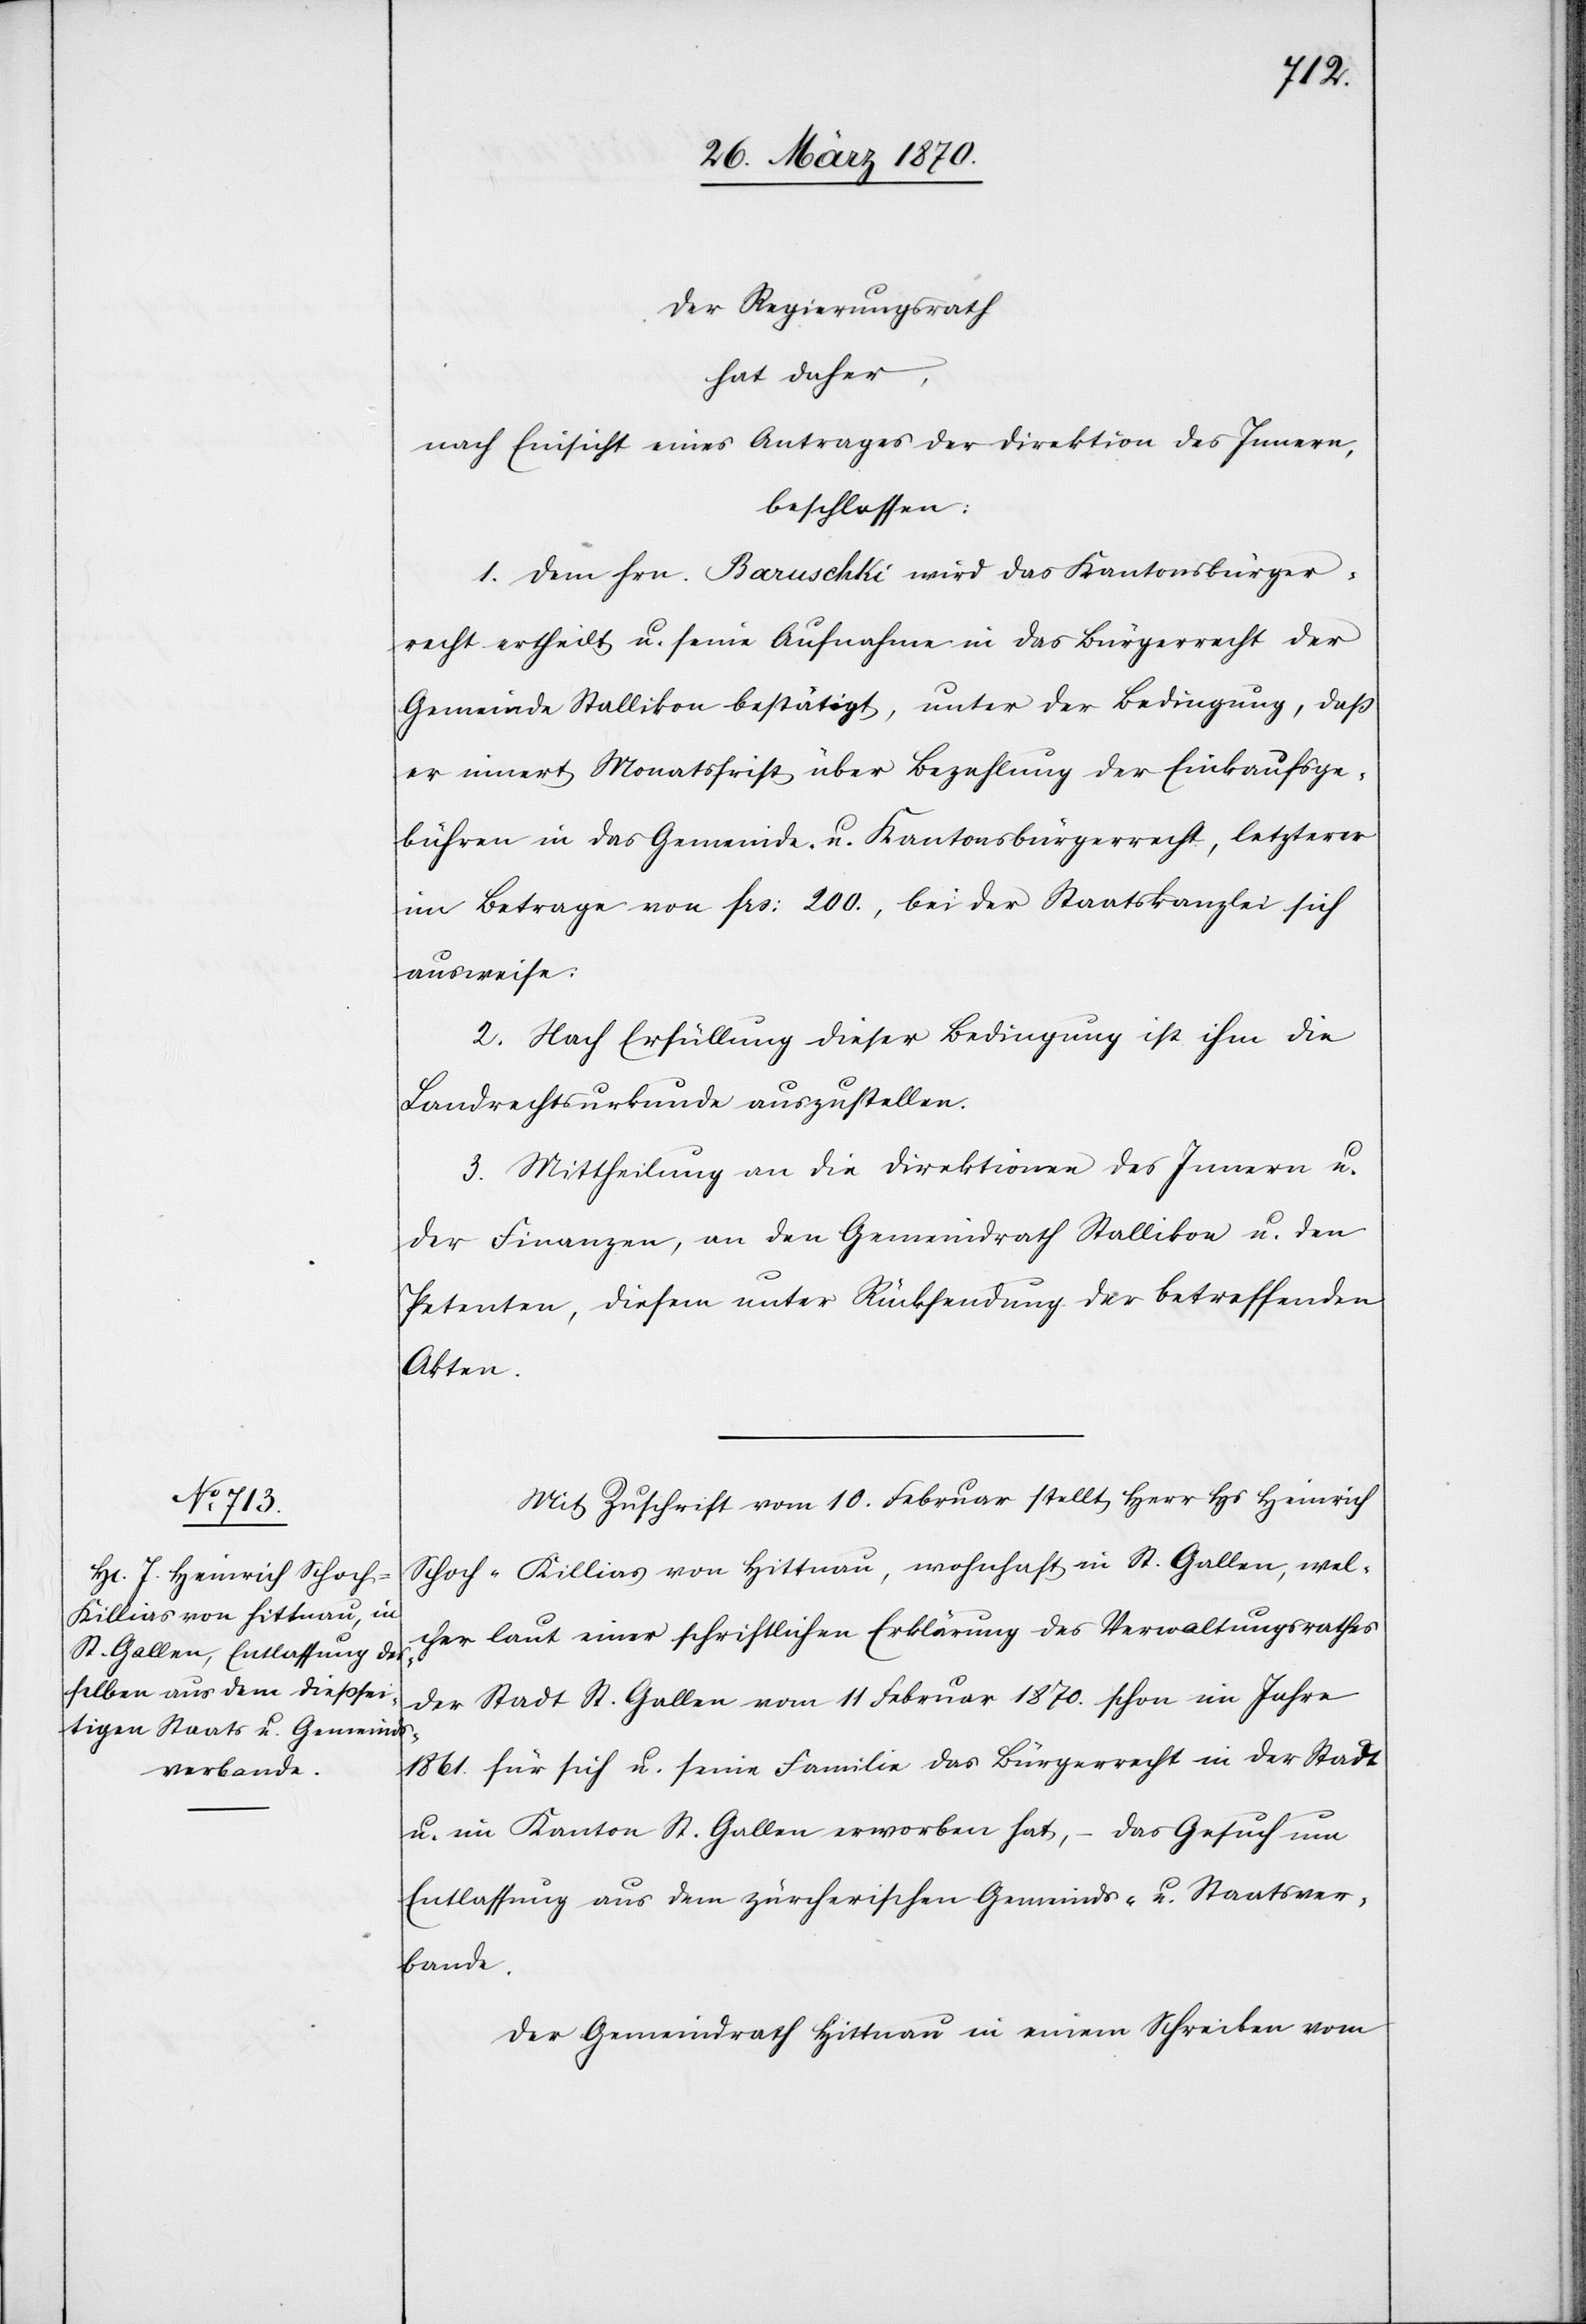
Der Regierungsrath
hat daher,
nach Einsicht eines Antrages der Direktion des Innern,
beschlossen:
1. Dem Hrn. Baruschki wird das Kantonsbürger¬
recht ertheilt u. seine Aufnahme in das Bürgerrecht der
Gemeinde Stallikon bestätigt, unter der Bedingung, daß
er innert Monatsfrist über Bezahlung der Einkaufsge¬
bühren in das Gemeinde- u. Kantonsbürgerrecht, letzterer
im Betrage von frs: 200., bei der Staatskanzlei sich
ausweise.
2. Nach Erfüllung dieser Bedingung ist ihm die
Landrechtsurkunde auszustellen.
3. Mittheilung an die Direktionen des Innern u.
der Finanzen, an den Gemeindrath Stallikon u. den
Petenten, diesem unter Rücksendung der betreffenden
Akten.
Mit Zuschrift vom 10. Februar stellt Herr Hs Heinrich
Schoch-Killias von Hittnau, wohnhaft in St. Gallen, wel¬
cher laut einer schriftlichen Erklärung des Verwaltungsrathes
der Stadt St. Gallen vom 11 Februar 1870. schon im Jahre
1861. für sich u. seine Familie das Bürgerrecht in der Stadt
u. im Kanton St. Gallen erworben hat,
das Gesuch um
Entlassung aus dem zürcherischen Gemeinds- u. Staatsver¬
bande.
Der Gemeindrath Hittnau in einem Schreiben vom